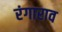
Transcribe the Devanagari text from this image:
रंगाराव